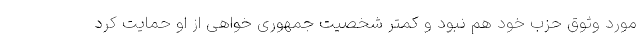
مورد وثوق حزب خود هم نبود و کمتر شخصیت جمهوری خواهی از او حمایت کرد